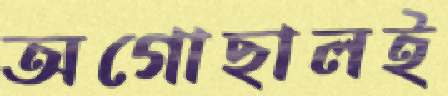
অগোছালই